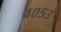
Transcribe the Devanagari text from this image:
४०५३